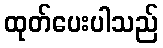
ထုတ်ပေးပါသည်